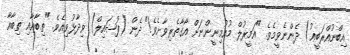
އިބްނުއްރަބީޢު) ދެންނެވީމެވެ. "އަމީރުލް މުއުމިނީންނަށް އޯގާތެރިވާށެވެ!" ދެން (ފުޟައިލް) ވިދާޅުވިއެވެ. "ތިބާއާއި ތިބާއާ